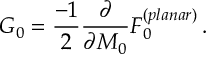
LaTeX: { \cal G } _ { 0 } = \frac { - 1 } { 2 } \frac { \partial } { \partial M _ { 0 } } { \cal F } _ { 0 } ^ { ( p l a n a r ) } \, .